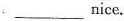
___nice.